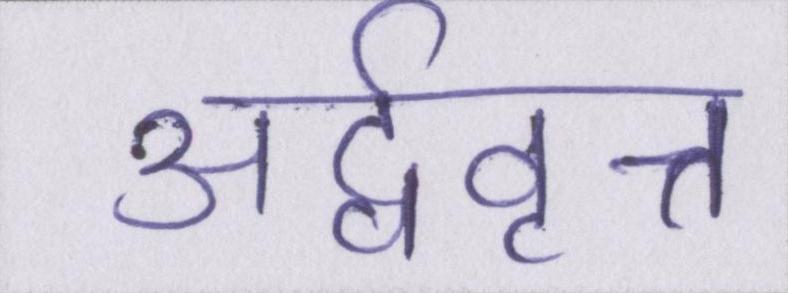
अर्द्ववृत्त